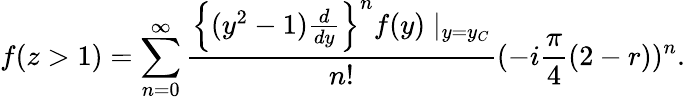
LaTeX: f(z>1)=\sum_{n=0}^{\infty}\frac{\left\{ (y^{2}-1)\frac{d}{dy}\right\} ^{n}f(y)\mid_{y=y_{C}}}{n!}(-i\frac{\pi}{4}(2-r))^{n}.